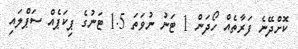
ކޮށްދޭނެ ފަރާތެއް ހޯދަން 1 ޓަނު ނުވަތަ 1.5 ޓަނުގެ ޕިކަޕެއް ސަޕްލައި